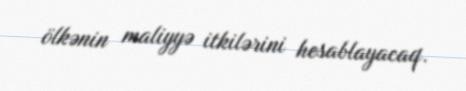
ölkənin maliyyə itkilərini hesablayacaq.